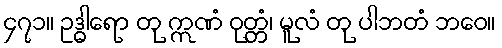
၄၇၁။ ဥဒ္ဓါရော တု ဣဏံ ဝုတ္တံ၊ မူလံ တု ပါဘတံ ဘဝေ။